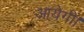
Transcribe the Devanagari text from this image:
आयेगीं।